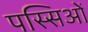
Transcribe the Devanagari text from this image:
पस्सिओं